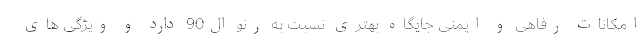
امکانات رفاهی و ایمنی جایگاه بهتری نسبت به رنو ال90 دارد و ویژگی های